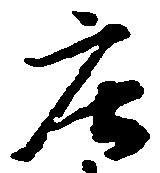
庄